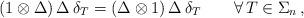
LaTeX: \begin{align*}(1 \otimes \Delta) \, \Delta \, \delta_T = (\Delta \otimes 1) \, \Delta \, \delta_T \qquad \forall \, T \in \Sigma_n \, , \end{align*}